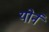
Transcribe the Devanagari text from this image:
योर्न